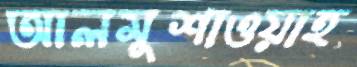
আলমুশাওয়াহ